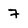
Character: 7